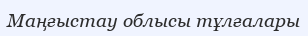
Маңғыстау облысы тұлғалары